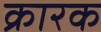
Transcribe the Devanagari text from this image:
क्रारक